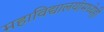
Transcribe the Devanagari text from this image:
महाविद्यालयांमध्येही